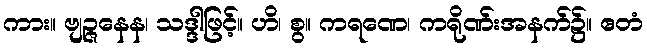
ကား။ ဗျဉ္ဇနေန၊ သဒ္ဒါဖြင့်။ ဟိ၊ စွ။ ကရဏေ၊ ကရိုဏ်းအနက်၌။ ဧတံ